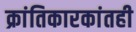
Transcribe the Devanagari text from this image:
क्रांतिकारकांतही